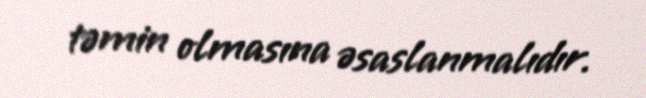
təmin olmasına əsaslanmalıdır.